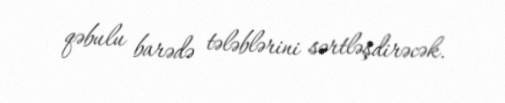
qəbulu barədə tələblərini sərtləşdirəcək.